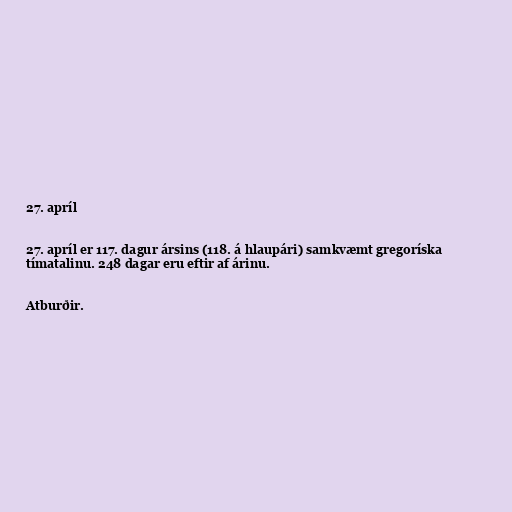
27. apríl

27. apríl er 117. dagur ársins (118. á hlaupári) samkvæmt gregoríska
tímatalinu. 248 dagar eru eftir af árinu.

Atburðir.